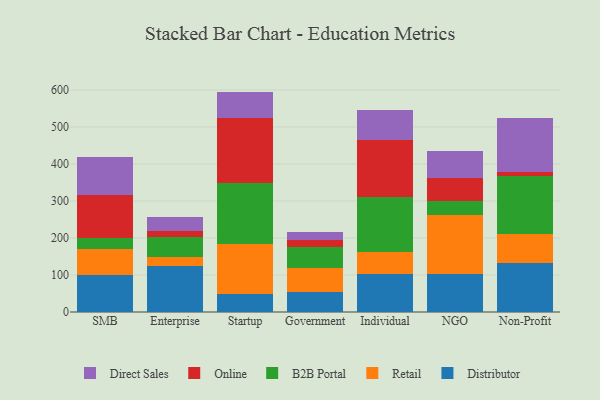
{"axis": {"x": "Segment", "y": "Inventory Turnover"}, "legend": ["B2B Portal", "Direct Sales", "Distributor", "Online", "Retail"], "data": [{"x": "SMB", "y": 99.9, "type": "Distributor"}, {"x": "SMB", "y": 71.1, "type": "Retail"}, {"x": "SMB", "y": 27.7, "type": "B2B Portal"}, {"x": "SMB", "y": 117.2, "type": "Online"}, {"x": "SMB", "y": 103.2, "type": "Direct Sales"}, {"x": "Enterprise", "y": 124.6, "type": "Distributor"}, {"x": "Enterprise", "y": 23.4, "type": "Retail"}, {"x": "Enterprise", "y": 54.0, "type": "B2B Portal"}, {"x": "Enterprise", "y": 16.2, "type": "Online"}, {"x": "Enterprise", "y": 39.4, "type": "Direct Sales"}, {"x": "Startup", "y": 47.5, "type": "Distributor"}, {"x": "Startup", "y": 137.2, "type": "Retail"}, {"x": "Startup", "y": 164.3, "type": "B2B Portal"}, {"x": "Startup", "y": 174.8, "type": "Online"}, {"x": "Startup", "y": 71.7, "type": "Direct Sales"}, {"x": "Government", "y": 53.1, "type": "Distributor"}, {"x": "Government", "y": 66.7, "type": "Retail"}, {"x": "Government", "y": 55.1, "type": "B2B Portal"}, {"x": "Government", "y": 18.4, "type": "Online"}, {"x": "Government", "y": 23.8, "type": "Direct Sales"}, {"x": "Individual", "y": 102.8, "type": "Distributor"}, {"x": "Individual", "y": 59.6, "type": "Retail"}, {"x": "Individual", "y": 147.0, "type": "B2B Portal"}, {"x": "Individual", "y": 154.3, "type": "Online"}, {"x": "Individual", "y": 83.2, "type": "Direct Sales"}, {"x": "NGO", "y": 101.8, "type": "Distributor"}, {"x": "NGO", "y": 161.0, "type": "Retail"}, {"x": "NGO", "y": 37.7, "type": "B2B Portal"}, {"x": "NGO", "y": 60.6, "type": "Online"}, {"x": "NGO", "y": 74.0, "type": "Direct Sales"}, {"x": "Non-Profit", "y": 132.2, "type": "Distributor"}, {"x": "Non-Profit", "y": 77.7, "type": "Retail"}, {"x": "Non-Profit", "y": 158.6, "type": "B2B Portal"}, {"x": "Non-Profit", "y": 11.1, "type": "Online"}, {"x": "Non-Profit", "y": 144.3, "type": "Direct Sales"}]}